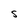
Character: S